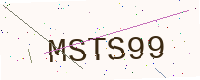
Text: MSTS99